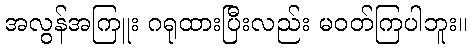
အလွန်အကြူး ဂရုထားပြီးလည်း မဝတ်ကြပါဘူး။